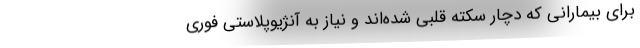
برای بیمارانی که دچار سکته قلبی شده‌اند و نیاز به آنژیوپلاستی فوری